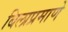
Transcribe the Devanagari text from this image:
बिलाप्रमाणे